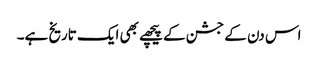
اس دن کے جشن کے پیچھے بھی ایک تاریخ ہے۔